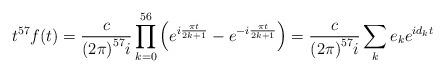
LaTeX: \begin{align*}t^{57}f(t) = \dfrac{c}{{(2\pi)}^{57}i}\prod_{k=0}^{56}\left(e^{i\frac{\pi t}{2k+1}}-e^{-i\frac{\pi t}{2k+1}}\right) = \dfrac{c}{{(2\pi)}^{57}i}\sum_{k}e_ke^{id_kt}\end{align*}